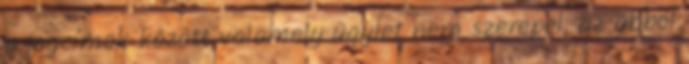
a jogcímek között valamely ügylet nem szerepel, az abból